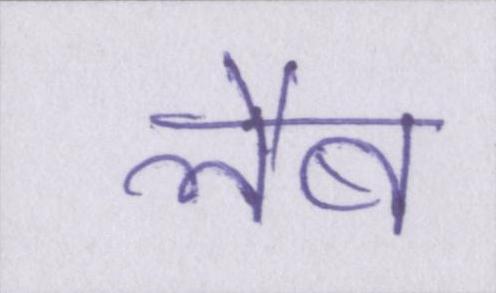
लैब